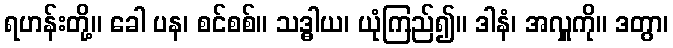
ရဟန်းတို့။ ခေါ ပန၊ စင်စစ်။ သဒ္ဓါယ၊ ယုံကြည်၍။ ဒါနံ၊ အလှူကို။ ဒတွာ၊